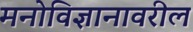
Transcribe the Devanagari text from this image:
मनोविज्ञानावरील